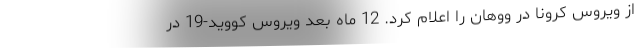
از ویروس کرونا در ووهان را اعلام کرد. 12 ماه بعد ویروس کووید-19 در